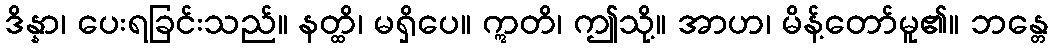
ဒိန္နာ၊ ပေးရခြင်းသည်။ နတ္ထိ၊ မရှိပေ။ ဣတိ၊ ဤသို့။ အာဟ၊ မိန့်တော်မူ၏။ ဘန္တေ